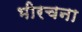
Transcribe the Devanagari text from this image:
भीरचना